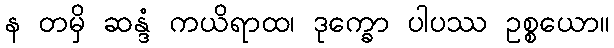
န တမှိ ဆန္ဒံ ကယိရာထ၊ ဒုက္ခော ပါပဿ ဥစ္စယော။